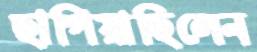
ছাপিয়াছিলেন